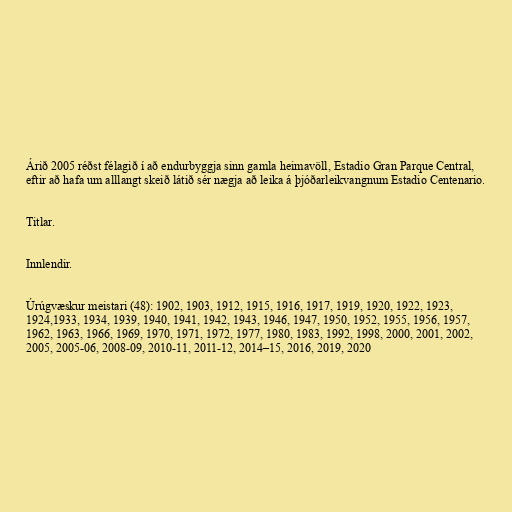
Árið 2005 réðst félagið í að endurbyggja sinn gamla heimavöll, Estadio Gran Parque Central,
eftir að hafa um alllangt skeið látið sér nægja að leika á þjóðarleikvangnum Estadio Centenario.

Titlar.

Innlendir.

Úrúgvæskur meistari (48): 1902, 1903, 1912, 1915, 1916, 1917, 1919, 1920, 1922, 1923,
1924,1933, 1934, 1939, 1940, 1941, 1942, 1943, 1946, 1947, 1950, 1952, 1955, 1956, 1957,
1962, 1963, 1966, 1969, 1970, 1971, 1972, 1977, 1980, 1983, 1992, 1998, 2000, 2001, 2002,
2005, 2005-06, 2008-09, 2010-11, 2011-12, 2014–15, 2016, 2019, 2020